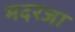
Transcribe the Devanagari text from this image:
मदरजा